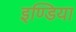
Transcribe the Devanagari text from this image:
इण्‍डिया